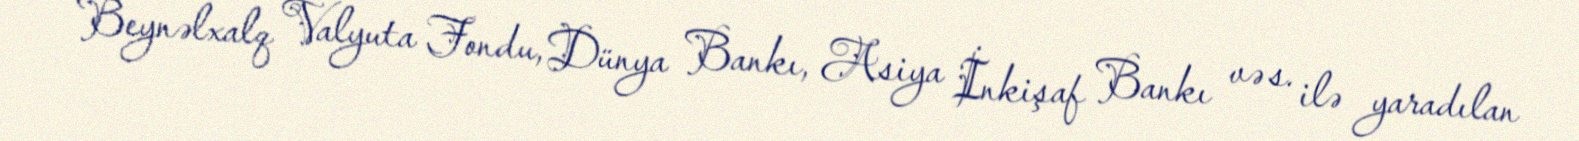
Beynəlxalq Valyuta Fondu, Dünya Bankı, Asiya İnkişaf Bankı və s. ilə yaradılan